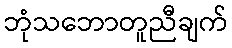
ဘုံသဘောတူညီချက်